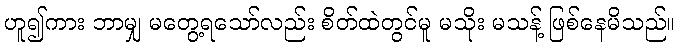
ဟူ၍ကား ဘာမျှ မတွေ့ရသော်လည်း စိတ်ထဲတွင်မူ မသိုး မသန့် ဖြစ်နေမိသည်။